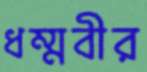
ধম্মবীর